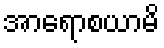
အာရောစယာမိ